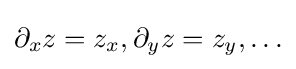
\partial _{x}z=z_{x},\partial _{y}z=z_{y},\ldots